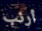
أرنب